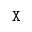
\mathtt { X }